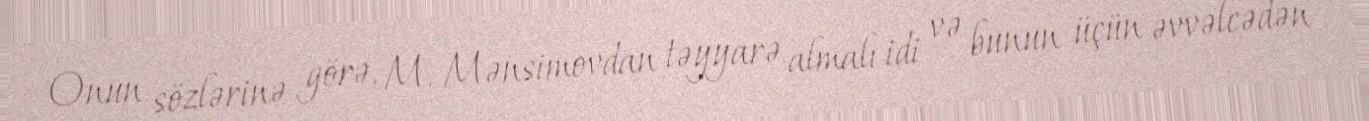
Onun sözlərinə görə, M. Mənsimovdan təyyarə almalı idi və bunun üçün əvvəlcədən